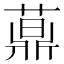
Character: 𦽍